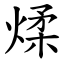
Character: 煣